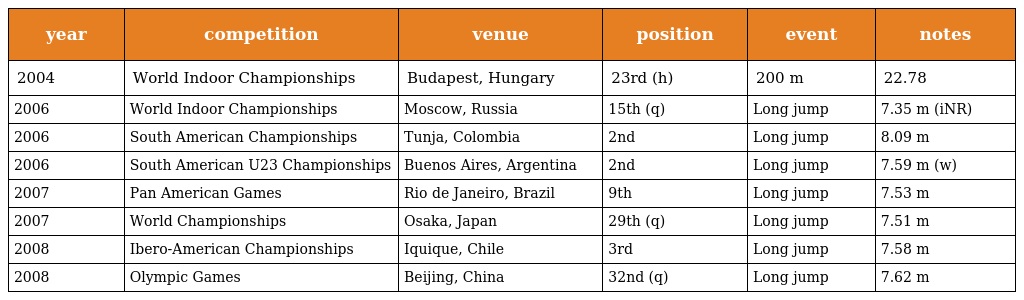
| year | competition | venue | position | event | notes |
 | --- | --- | --- | --- | --- | --- |
 | 2004 | World Indoor Championships | Budapest, Hungary | 23rd (h) | 200 m | 22.78 |
 | 2006 | World Indoor Championships | Moscow, Russia | 15th (q) | Long jump | 7.35 m (iNR) |
 | 2006 | South American Championships | Tunja, Colombia | 2nd | Long jump | 8.09 m |
 | 2006 | South American U23 Championships | Buenos Aires, Argentina | 2nd | Long jump | 7.59 m (w) |
 | 2007 | Pan American Games | Rio de Janeiro, Brazil | 9th | Long jump | 7.53 m |
 | 2007 | World Championships | Osaka, Japan | 29th (q) | Long jump | 7.51 m |
 | 2008 | Ibero-American Championships | Iquique, Chile | 3rd | Long jump | 7.58 m |
 | 2008 | Olympic Games | Beijing, China | 32nd (q) | Long jump | 7.62 m |